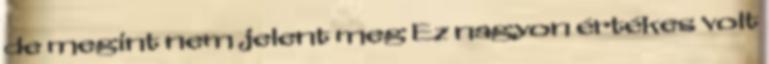
de megint nem jelent meg Ez nagyon értékes volt